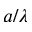
a / \lambda